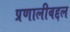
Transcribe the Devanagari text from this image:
प्रणालीबद्दल